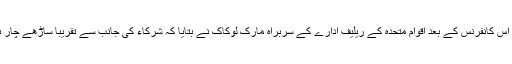
گزشتہ روز 25 اپریل کو ہونے والی اس کانفرنس کے بعد اقوام متحدہ کے ریلیف ادارے کے سربراہ مارک لوکاک نے بتایا کہ شرکاء کی جانب سے تقریباً ساڑھے چار بلین ڈالر کے وعدے سامنے آئے ہیں۔